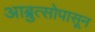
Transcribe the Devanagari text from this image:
आब्रुत्सोपासून